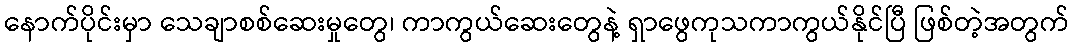
နောက်ပိုင်းမှာ သေချာစစ်ဆေးမှုတွေ၊ ကာကွယ်ဆေးတွေနဲ့ ရှာဖွေကုသကာကွယ်နိုင်ပြီ ဖြစ်တဲ့အတွက်